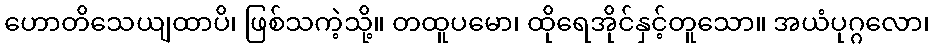
ဟောတိသေယျထာပိ၊ ဖြစ်သကဲ့သို့။ တထူပမော၊ ထိုရေအိုင်နှင့်တူသော။ အယံပုဂ္ဂလော၊